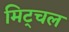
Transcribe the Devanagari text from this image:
मिट्चल